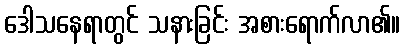
ဒေါသနေရာတွင် သနားခြင်း အစားရောက်လာ၏။